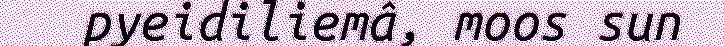
pyeidiliemâ, moos sun